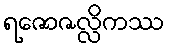
ရဇောဇလ္လိကဿ